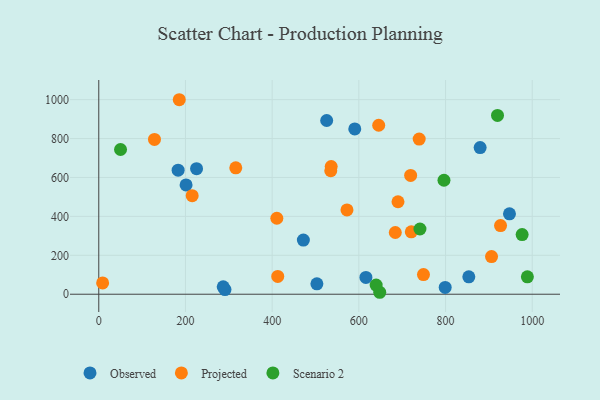
{"axis": {"x": "Engine Size", "y": "Salary"}, "legend": ["Observed", "Projected", "Scenario 2"], "data": [{"x": "799.2", "y": 34.8, "type": "Observed"}, {"x": "853.7", "y": 89.3, "type": "Observed"}, {"x": "225.6", "y": 645.4, "type": "Observed"}, {"x": "590.6", "y": 849.6, "type": "Observed"}, {"x": "525.8", "y": 892.7, "type": "Observed"}, {"x": "291.2", "y": 23.9, "type": "Observed"}, {"x": "879.8", "y": 753.4, "type": "Observed"}, {"x": "183.1", "y": 637.4, "type": "Observed"}, {"x": "201.4", "y": 561.7, "type": "Observed"}, {"x": "503.2", "y": 53.5, "type": "Observed"}, {"x": "472.0", "y": 278.3, "type": "Observed"}, {"x": "616.3", "y": 86.4, "type": "Observed"}, {"x": "947.5", "y": 412.9, "type": "Observed"}, {"x": "287.1", "y": 38.1, "type": "Observed"}, {"x": "749.1", "y": 101.1, "type": "Projected"}, {"x": "721.0", "y": 320.7, "type": "Projected"}, {"x": "926.9", "y": 353.0, "type": "Projected"}, {"x": "572.6", "y": 433.2, "type": "Projected"}, {"x": "536.2", "y": 656.1, "type": "Projected"}, {"x": "410.8", "y": 390.3, "type": "Projected"}, {"x": "8.9", "y": 58.2, "type": "Projected"}, {"x": "185.7", "y": 999.5, "type": "Projected"}, {"x": "215.5", "y": 506.2, "type": "Projected"}, {"x": "719.5", "y": 610.6, "type": "Projected"}, {"x": "535.2", "y": 634.6, "type": "Projected"}, {"x": "906.1", "y": 193.6, "type": "Projected"}, {"x": "690.3", "y": 475.3, "type": "Projected"}, {"x": "684.1", "y": 317.2, "type": "Projected"}, {"x": "412.9", "y": 91.6, "type": "Projected"}, {"x": "739.2", "y": 797.3, "type": "Projected"}, {"x": "645.8", "y": 868.4, "type": "Projected"}, {"x": "316.1", "y": 649.6, "type": "Projected"}, {"x": "128.5", "y": 795.3, "type": "Projected"}, {"x": "796.4", "y": 585.7, "type": "Scenario 2"}, {"x": "648.2", "y": 10.0, "type": "Scenario 2"}, {"x": "639.9", "y": 46.9, "type": "Scenario 2"}, {"x": "976.7", "y": 306.7, "type": "Scenario 2"}, {"x": "50.2", "y": 743.8, "type": "Scenario 2"}, {"x": "919.9", "y": 918.7, "type": "Scenario 2"}, {"x": "741.0", "y": 335.1, "type": "Scenario 2"}, {"x": "988.8", "y": 89.2, "type": "Scenario 2"}]}